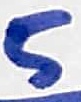
Text: 5